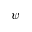
\psi